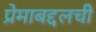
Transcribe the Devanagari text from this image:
प्रेमाबद्दलची